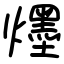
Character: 爅